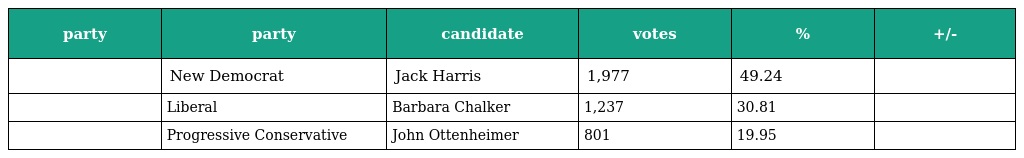
| party | party | candidate | votes | % | +/- |
 | --- | --- | --- | --- | --- | --- |
 |  | New Democrat | Jack Harris | 1,977 | 49.24 |  |
 |  | Liberal | Barbara Chalker | 1,237 | 30.81 |  |
 |  | Progressive Conservative | John Ottenheimer | 801 | 19.95 |  |